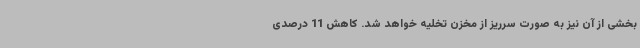
بخشی از آن نیز به صورت سرریز از مخزن تخلیه خواهد شد. کاهش 11 درصدی